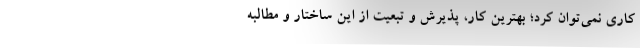
کاری نمی‌توان کرد؛ بهترین کار، پذیرش و تبعیت از این ساختار و مطالبه